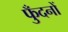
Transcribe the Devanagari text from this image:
फुँदनों